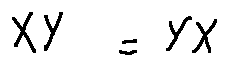
X Y = Y X